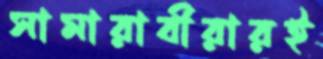
সামারাবীরারই